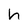
Character: h